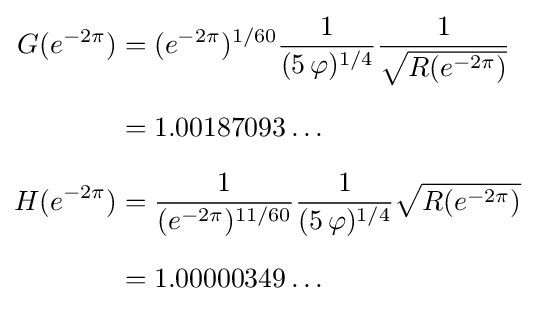
{\begin{aligned}G(e^{-2\pi })&=(e^{-2\pi })^{1/60}{\frac {1}{(5\,\varphi )^{1/4}}}{\frac {1}{\sqrt {R(e^{-2\pi })}}}\\[6pt]&=1.00187093\dots \\[6pt]H(e^{-2\pi })&={\frac {1}{(e^{-2\pi })^{11/60}}}{\frac {1}{(5\,\varphi )^{1/4}}}{\sqrt {R(e^{-2\pi })}}\\[6pt]&=1.00000349\ldots \end{aligned}}